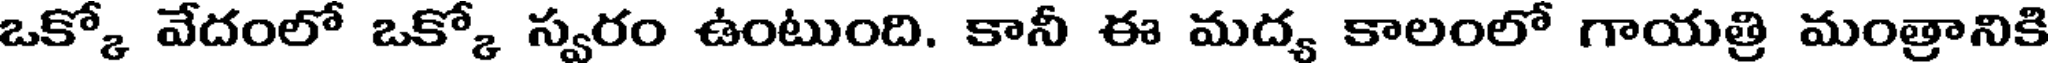
ఒక్కో వేదంలో ఒక్కో స్వరం ఉంటుంది. కానీ ఈ మద్య కాలంలో గాయత్రి మంత్రానికి